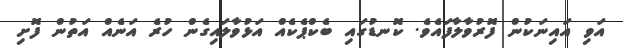
އަވި އައިނަކުން ފޮރުވާލާފައެވެ. ކޮނޑުގައި ބެކްޕެކެއް އަޅުވާލައިގެން ހުރެ އަނެއް އަތުން ފޮށި